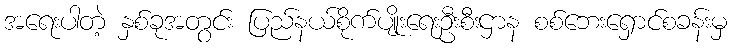
အရေးပါတဲ့ နှစ်ခုအတွင်း ပြည်နယ်စိုက်ပျိုးရေးဦးစီးဌာန စစ်ဘေးရှောင်စခန်းမှ